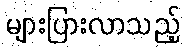
များပြားလာသည့်